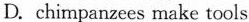
D. chimpanzees make tools